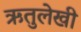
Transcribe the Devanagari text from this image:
ऋतुलेखी